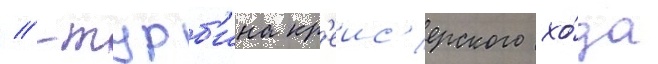
// -турб'ина кр'еис'ерского хо́да